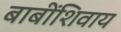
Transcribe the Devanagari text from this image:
बाबींशिवाय